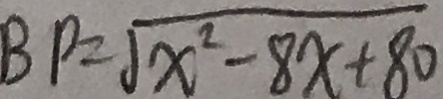
B P = \sqrt { x ^ { 2 } - 8 x + 8 0 }